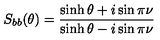
S _ { b b } ( \theta ) = \frac { \sinh \theta + i \sin \pi \nu } { \sinh \theta - i \sin \pi \nu }